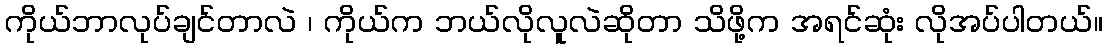
ကိုယ်ဘာလုပ်ချင်တာလဲ ၊ ကိုယ်က ဘယ်လိုလူလဲဆိုတာ သိဖို့က အရင်ဆုံး လိုအပ်ပါတယ်။